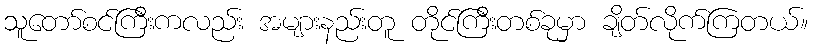
သူတော်စင်ကြီးကလည်း အများနည်းတူ တိုင်ကြီးတစ်ခုမှာ ချိတ်လိုက်ကြတယ်။